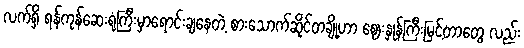
လက်ရှိ ရန်ကုန်ဆေးရုံကြီးမှာရောင်းချနေတဲ့ စားသောက်ဆိုင်တချို့ဟာ ဈေးနှုန်ကြီးမြင့်တာတွေ လည်း